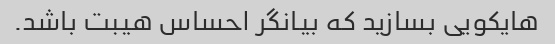
هایکویی بسازید که بیانگر احساس هیبت باشد.